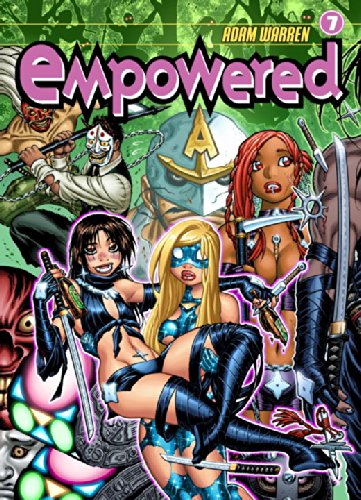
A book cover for Empowered Volume 7; Adam Warren; Comics & Graphic Novels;